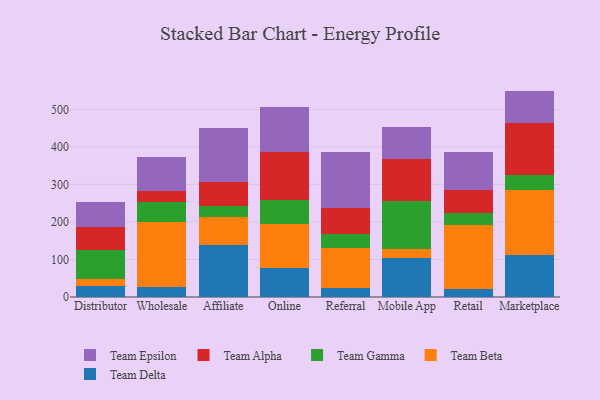
{"axis": {"x": "Channel", "y": "Production Output"}, "legend": ["Team Alpha", "Team Beta", "Team Delta", "Team Epsilon", "Team Gamma"], "data": [{"x": "Distributor", "y": 29.9, "type": "Team Delta"}, {"x": "Distributor", "y": 17.6, "type": "Team Beta"}, {"x": "Distributor", "y": 77.0, "type": "Team Gamma"}, {"x": "Distributor", "y": 61.1, "type": "Team Alpha"}, {"x": "Distributor", "y": 68.9, "type": "Team Epsilon"}, {"x": "Wholesale", "y": 26.2, "type": "Team Delta"}, {"x": "Wholesale", "y": 173.2, "type": "Team Beta"}, {"x": "Wholesale", "y": 54.0, "type": "Team Gamma"}, {"x": "Wholesale", "y": 30.2, "type": "Team Alpha"}, {"x": "Wholesale", "y": 88.4, "type": "Team Epsilon"}, {"x": "Affiliate", "y": 138.2, "type": "Team Delta"}, {"x": "Affiliate", "y": 74.9, "type": "Team Beta"}, {"x": "Affiliate", "y": 28.3, "type": "Team Gamma"}, {"x": "Affiliate", "y": 66.1, "type": "Team Alpha"}, {"x": "Affiliate", "y": 143.3, "type": "Team Epsilon"}, {"x": "Online", "y": 78.0, "type": "Team Delta"}, {"x": "Online", "y": 117.7, "type": "Team Beta"}, {"x": "Online", "y": 62.5, "type": "Team Gamma"}, {"x": "Online", "y": 128.1, "type": "Team Alpha"}, {"x": "Online", "y": 120.1, "type": "Team Epsilon"}, {"x": "Referral", "y": 24.6, "type": "Team Delta"}, {"x": "Referral", "y": 105.6, "type": "Team Beta"}, {"x": "Referral", "y": 37.5, "type": "Team Gamma"}, {"x": "Referral", "y": 68.3, "type": "Team Alpha"}, {"x": "Referral", "y": 150.4, "type": "Team Epsilon"}, {"x": "Mobile App", "y": 104.0, "type": "Team Delta"}, {"x": "Mobile App", "y": 23.1, "type": "Team Beta"}, {"x": "Mobile App", "y": 128.4, "type": "Team Gamma"}, {"x": "Mobile App", "y": 111.3, "type": "Team Alpha"}, {"x": "Mobile App", "y": 87.1, "type": "Team Epsilon"}, {"x": "Retail", "y": 20.4, "type": "Team Delta"}, {"x": "Retail", "y": 172.4, "type": "Team Beta"}, {"x": "Retail", "y": 30.6, "type": "Team Gamma"}, {"x": "Retail", "y": 61.5, "type": "Team Alpha"}, {"x": "Retail", "y": 101.0, "type": "Team Epsilon"}, {"x": "Marketplace", "y": 110.8, "type": "Team Delta"}, {"x": "Marketplace", "y": 173.3, "type": "Team Beta"}, {"x": "Marketplace", "y": 40.2, "type": "Team Gamma"}, {"x": "Marketplace", "y": 138.9, "type": "Team Alpha"}, {"x": "Marketplace", "y": 86.4, "type": "Team Epsilon"}]}